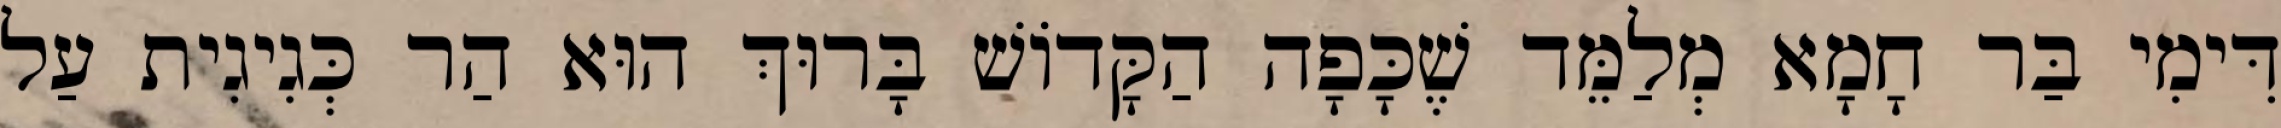
דִּימִי בַּר חָמָא מְלַמֵּד שֶׁכָּפָה הַקָּדוֹשׁ בָּרוּךְ הוּא הַר כְּגִיגִית עַל